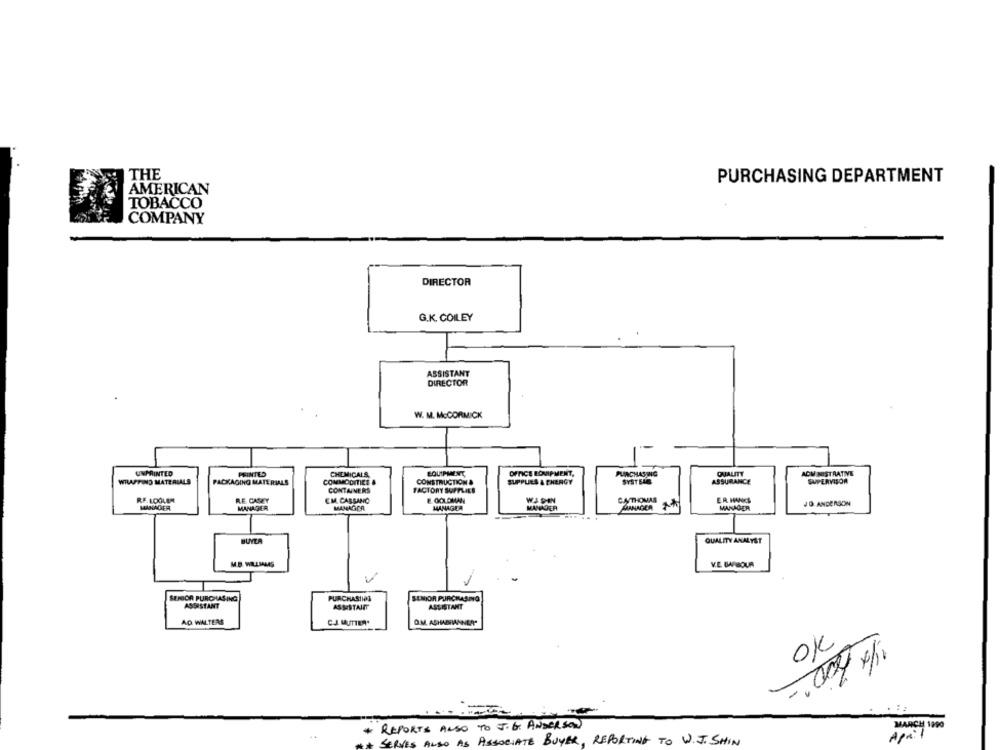
THE
PURCHASING DEPARTMENT
AMERICAN
TOBACCO
COMPANY
DIRECTOR
G.K. COILEY
ASSISTANT
DIRECTOR
W. M. McCORMICK
UNPRINTED
PRINTED
EQUIPMENT,
OFFICE EOVIPMENT,
PURCHASING
QUALITY
ADMINISTRATIVE
WILASTING MATERIALS
PACKAGING MATERIALS
COMMODITIES
CHEMICALS
CONSTRUCTION &
SUPPLIES & ENERGY
SYSTELE
ASSURANCE
SUPERVISOR
CONTAINERS
FACTORY SUPPLIES
RF. LOOLER
RE. CASEY
EM. CASSANO
E. GOLDMAN
CJTHOMAS
ER HANKS
JO ANDERSON
MANAGER
MANAGER
MANAGER
MANAGER
MANAGER
MANAGER
MANAGER
BUYLA
QUALITY ANALYST
MB WILLSALES
V.E. BARBOUR
SENIOR PURCHASING
PURCHASING
SENIOR PURCHASING
ASSISTANT
ASSISTANT
AD WALTERS
CJ. MUTTER*
OM ASHABRANNER"
OK
1/x 300"-
* REPORTS ALSO TO J. G. ANDERSON
MARCH 1090
April
SERVES ALSO AS ASSOCIATE BUYER, REPORTING TO W.J. SHIN